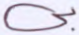
بي